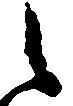
之